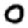
Digit: 0